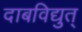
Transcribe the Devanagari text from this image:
दाबविद्युत्‌